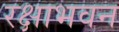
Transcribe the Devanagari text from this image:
रक्षाभवन